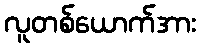
လူတစ်ယောက်အား